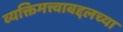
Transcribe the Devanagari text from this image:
व्यक्तिमत्त्वाबद्दलच्या